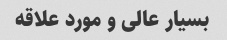
بسیار عالی و مورد علاقه